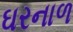
ઘરનાળ